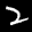
Label: 2